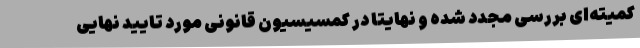
کمیته‌ای بررسی مجدد شده و نهایتا در کمسیسیون قانونی مورد تایید نهایی